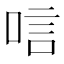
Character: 唁